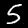
Label: 5